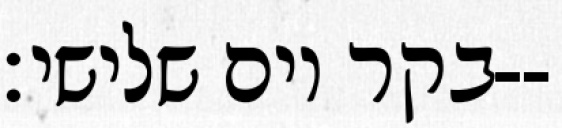
בקר יום שלישי׃--